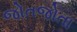
જોતજોતા